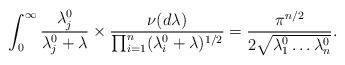
LaTeX: \begin{align*}\int_0^{\infty}\frac{\lambda^0_j}{\lambda^0_j+\lambda}\times \frac{\nu(d\lambda)}{\prod_{i=1}^n(\lambda^0_i+\lambda)^{1/2}}=\frac{\pi^{n/2}}{2\sqrt{\lambda^0_1\ldots \lambda^0_n}}.\end{align*}